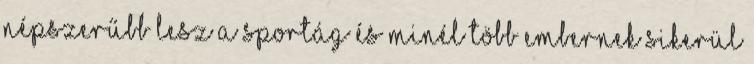
népszerűbb lesz a sportág és minél több embernek sikerül